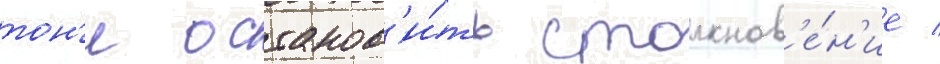
тон'и останов'и́ть столкнов'е́н'ие /